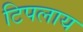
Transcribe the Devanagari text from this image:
टिपलाय